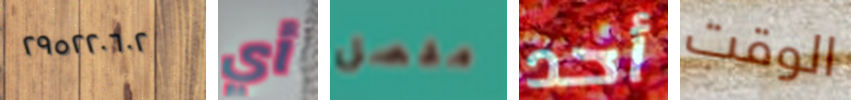
٢٩٥٢٢٠٦٠٢ أي مفصل أحد الوقت